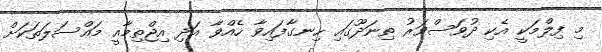
މި ފިލްމަކީ އެކި ދުވަސްވަރު ތިނަދޫގައި ހިނގާފައިވާ ހެއްވާ އަދި އިޖްތިމާއީ މައްސަލަތަކަށް